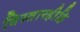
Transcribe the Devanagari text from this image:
विस्तारहीहि